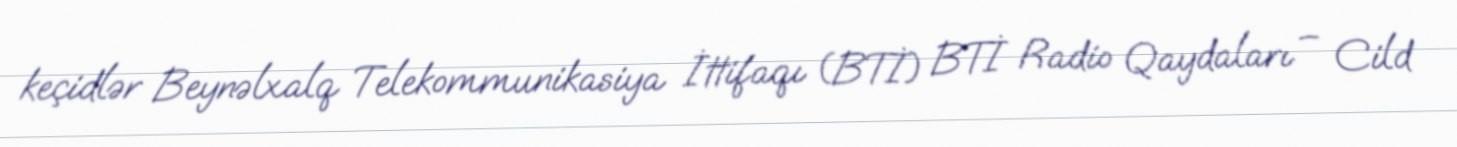
keçidlər Beynəlxalq Telekommunikasiya İttifaqı (BTİ) BTİ Radio Qaydaları – Cild